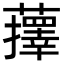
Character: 蘀